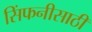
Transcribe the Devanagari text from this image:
सिंफनीसाठी